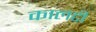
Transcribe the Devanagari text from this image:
कालटी